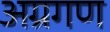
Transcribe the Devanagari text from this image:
अग्रगण